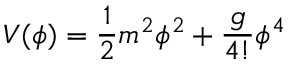
\, V ( \phi ) = { \frac { 1 } { 2 } } m ^ { 2 } \phi ^ { 2 } + { \frac { g } { 4 ! } } \phi ^ { 4 }